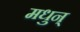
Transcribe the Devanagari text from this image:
मधुन्